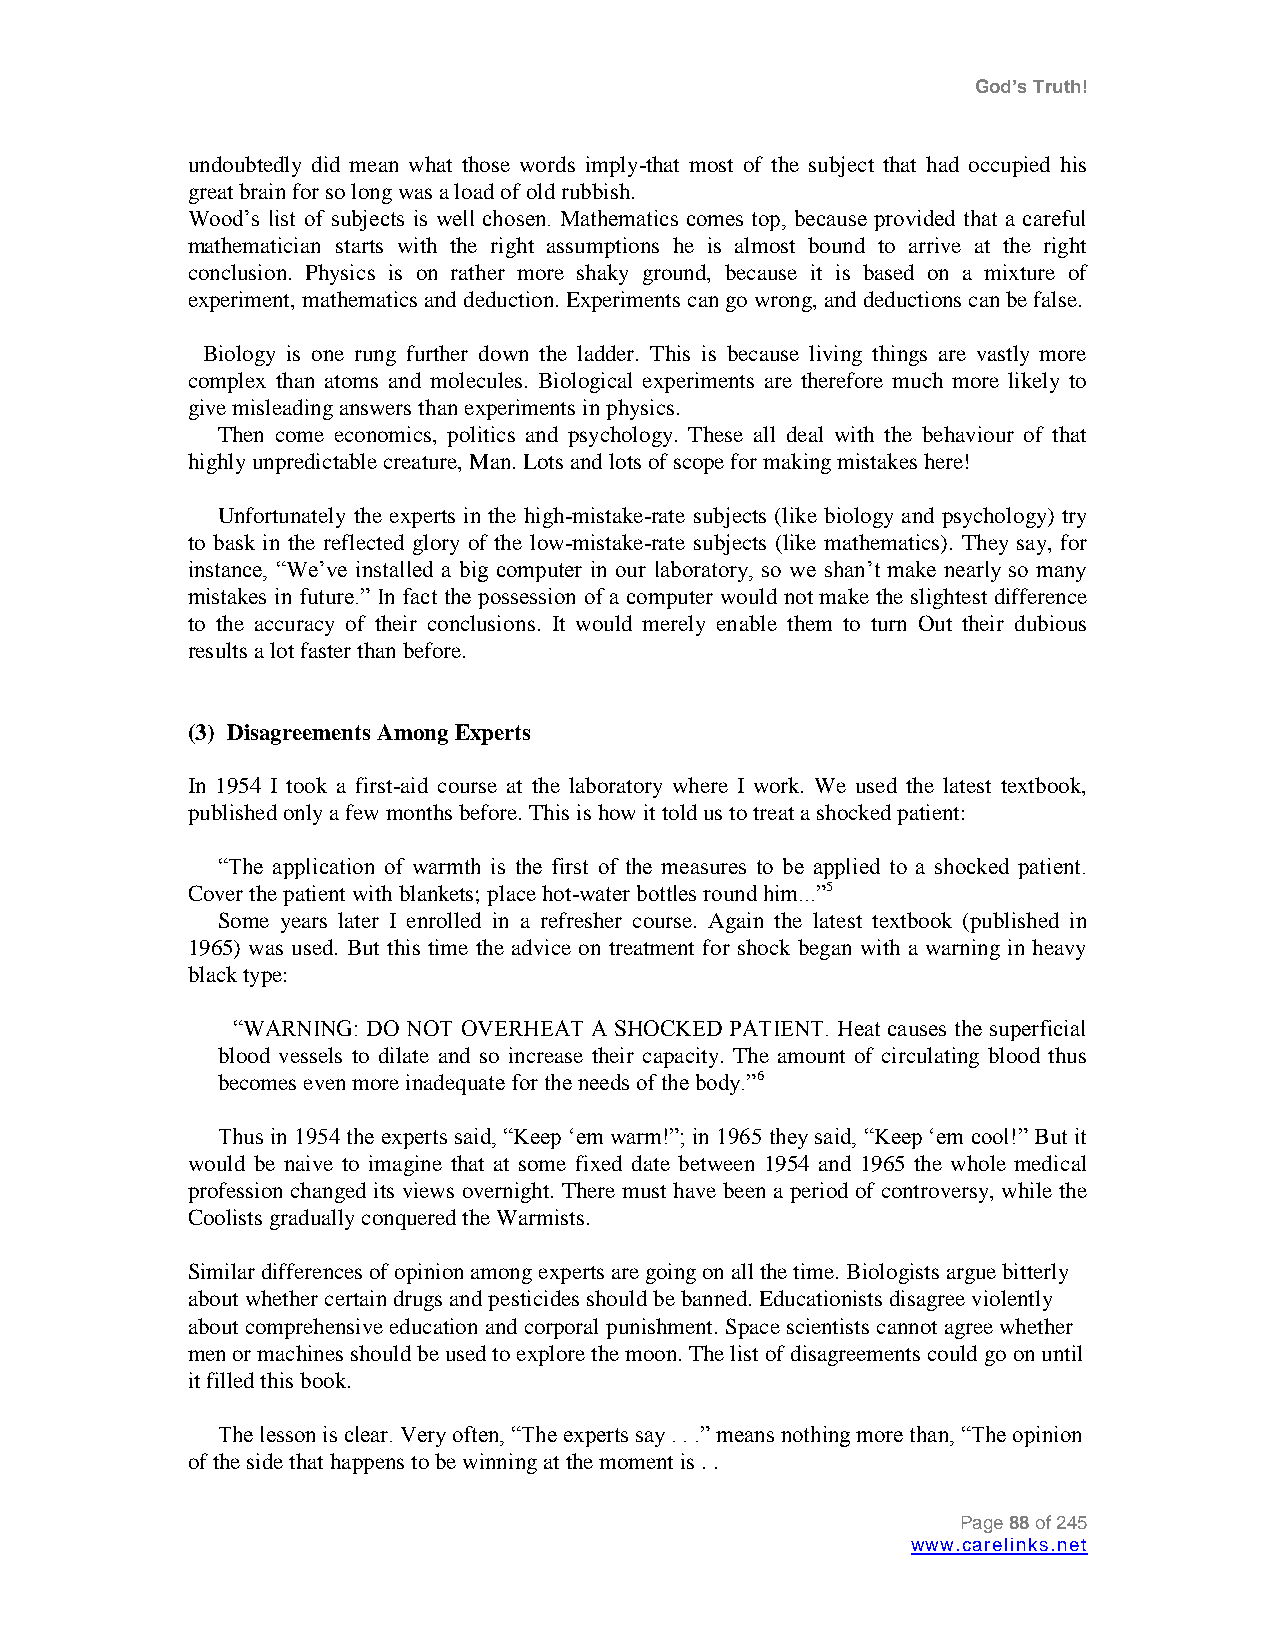
God’s Truth!
 undoubtedly did mean what those words imply-that most of the subject that had occupied his
 great brain for so long was a load of old rubbish.
 Wood‟s list of subjects is well chosen. Mathematics comes top, because provided that a careful
 mathematician starts with the right assumptions he is almost bound to arrive at the right
 conclusion. Physics is on rather more shaky ground, because it is based on a mixture of
 experiment, mathematics and deduction. Experiments can go wrong, and deductions can be false.
 Biology is one rung further down the ladder. This is because living things are vastly more
 complex than atoms and molecules. Biological experiments are therefore much more likely to
 give misleading answers than experiments in physics.
 Then come economics, politics and psychology. These all deal with the behaviour of that
 highly unpredictable creature, Man. Lots and lots of scope for making mistakes here!
 Unfortunately the experts in the high-mistake-rate subjects (like biology and psychology) try
 to bask in the reflected glory of the low-mistake-rate subjects (like mathematics). They say, for
 instance, “We‟ve installed a big computer in our laboratory, so we shan‟t make nearly so many
 mistakes in future.” In fact the possession of a computer would not make the slightest difference
 to the accuracy of their conclusions. It would merely enable them to turn Out their dubious
 results a lot faster than before.
 (3) Disagreements Among Experts
 In 1954 I took a first-aid course at the laboratory where I work. We used the latest textbook,
 published only a few months before. This is how it told us to treat a shocked patient:
 “The application of warmth is the first of the measures to be applied to a shocked patient.
 Cover the patient with blankets; place hot-water bottles round him...”5
 Some years later I enrolled in a refresher course. Again the latest textbook (published in
 1965) was used. But this time the advice on treatment for shock began with a warning in heavy
 black type:
 “WARNING: DO NOT OVERHEAT A SHOCKED PATIENT. Heat causes the superficial
 blood vessels to dilate and so increase their capacity. The amount of circulating blood thus
 becomes even more inadequate for the needs of the body.”6
 Thus in 1954 the experts said, “Keep „em warm!”; in 1965 they said, “Keep „em cool!” But it
 would be naive to imagine that at some fixed date between 1954 and 1965 the whole medical
 profession changed its views overnight. There must have been a period of controversy, while the
 Coolists gradually conquered the Warmists.
 Similar differences of opinion among experts are going on all the time. Biologists argue bitterly
 about whether certain drugs and pesticides should be banned. Educationists disagree violently
 about comprehensive education and corporal punishment. Space scientists cannot agree whether
 men or machines should be used to explore the moon. The list of disagreements could go on until
 it filled this book.
 The lesson is clear. Very often, “The experts say . . .” means nothing more than, “The opinion
 of the side that happens to be winning at the moment is . .
 Page 88 of 245
 www.carelinks.net